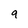
Character: 9